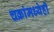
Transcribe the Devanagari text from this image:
चक्रांमध्येही